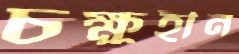
চক্ষুহীন